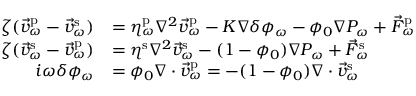
\begin{array} { r l } { \zeta ( \vec { v } _ { \omega } ^ { \mathrm { p } } - \vec { v } _ { \omega } ^ { \mathrm { s } } ) } & { = \eta _ { \omega } ^ { \mathrm { p } } \nabla ^ { 2 } \vec { v } _ { \omega } ^ { \mathrm { p } } - K \nabla \delta \phi _ { \omega } - \phi _ { 0 } \nabla P _ { \omega } + \vec { F } _ { \omega } ^ { \mathrm { p } } } \\ { \zeta ( \vec { v } _ { \omega } ^ { \mathrm { s } } - \vec { v } _ { \omega } ^ { \mathrm { p } } ) } & { = \eta ^ { \mathrm { s } } \nabla ^ { 2 } \vec { v } _ { \omega } ^ { \mathrm { s } } - ( 1 - \phi _ { 0 } ) \nabla P _ { \omega } + \vec { F } _ { \omega } ^ { \mathrm { s } } } \\ { i \omega \delta \phi _ { \omega } } & { = \phi _ { 0 } \nabla \cdot \vec { v } _ { \omega } ^ { \mathrm { p } } = - ( 1 - \phi _ { 0 } ) \nabla \cdot \vec { v } _ { \omega } ^ { \mathrm { s } } } \end{array}